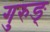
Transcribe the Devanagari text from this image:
गुरुङ्‌